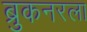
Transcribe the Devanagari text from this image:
ब्रुकनरला